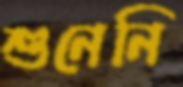
শুনেনি